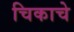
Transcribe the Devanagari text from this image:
चिकाचे